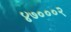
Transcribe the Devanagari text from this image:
४७०००२